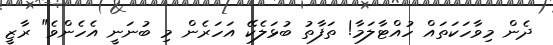
ދެން މިވާހަކަތައް ހުއްޓާލަމާ! ތަފާތު ބުޅަލެކޭ އަހަރެން މި ބުނަނީ އެހެންވެ" ރާޒީ